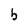
Character: b